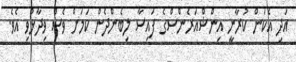
އަދި އެކަން ކުރާނީ އިންޝްއަރެންސްގެ ފައިސާ ލިބެންދެން ކަމަށް ވެސް ވިދާޅުވި އެވެ.